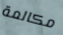
مكالمة